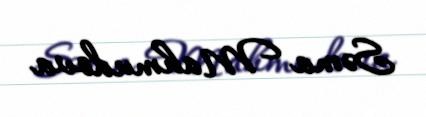
Səma Mahmudova